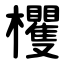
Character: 欔